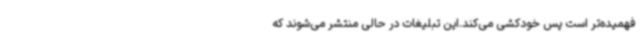
فهمیده‌تر است پس خودکشی می‌کند.این تبلیغات در حالی منتشر می‌شوند که